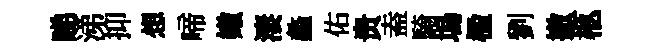
睇涕抑想啼嫩淒蠡佑贵盍騎塢楹劉撤柩